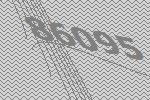
86095